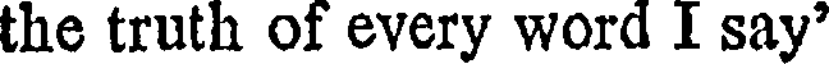
the truth of every word I say'